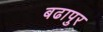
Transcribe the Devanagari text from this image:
बढापुर